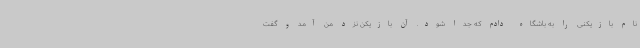
نام بازیکنی را به باشگاه دادم که جدا شود. آن بازیکن نزد من آمد و گفت